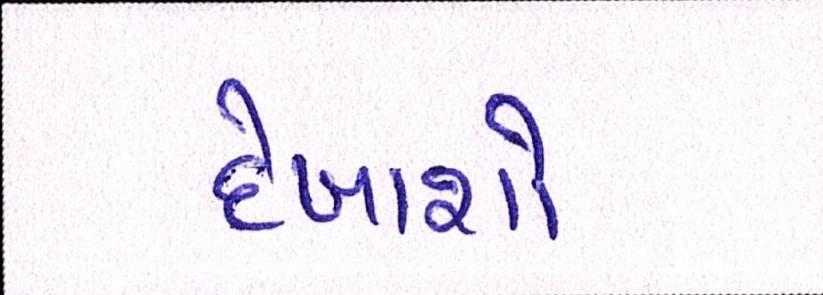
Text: દેખાશો